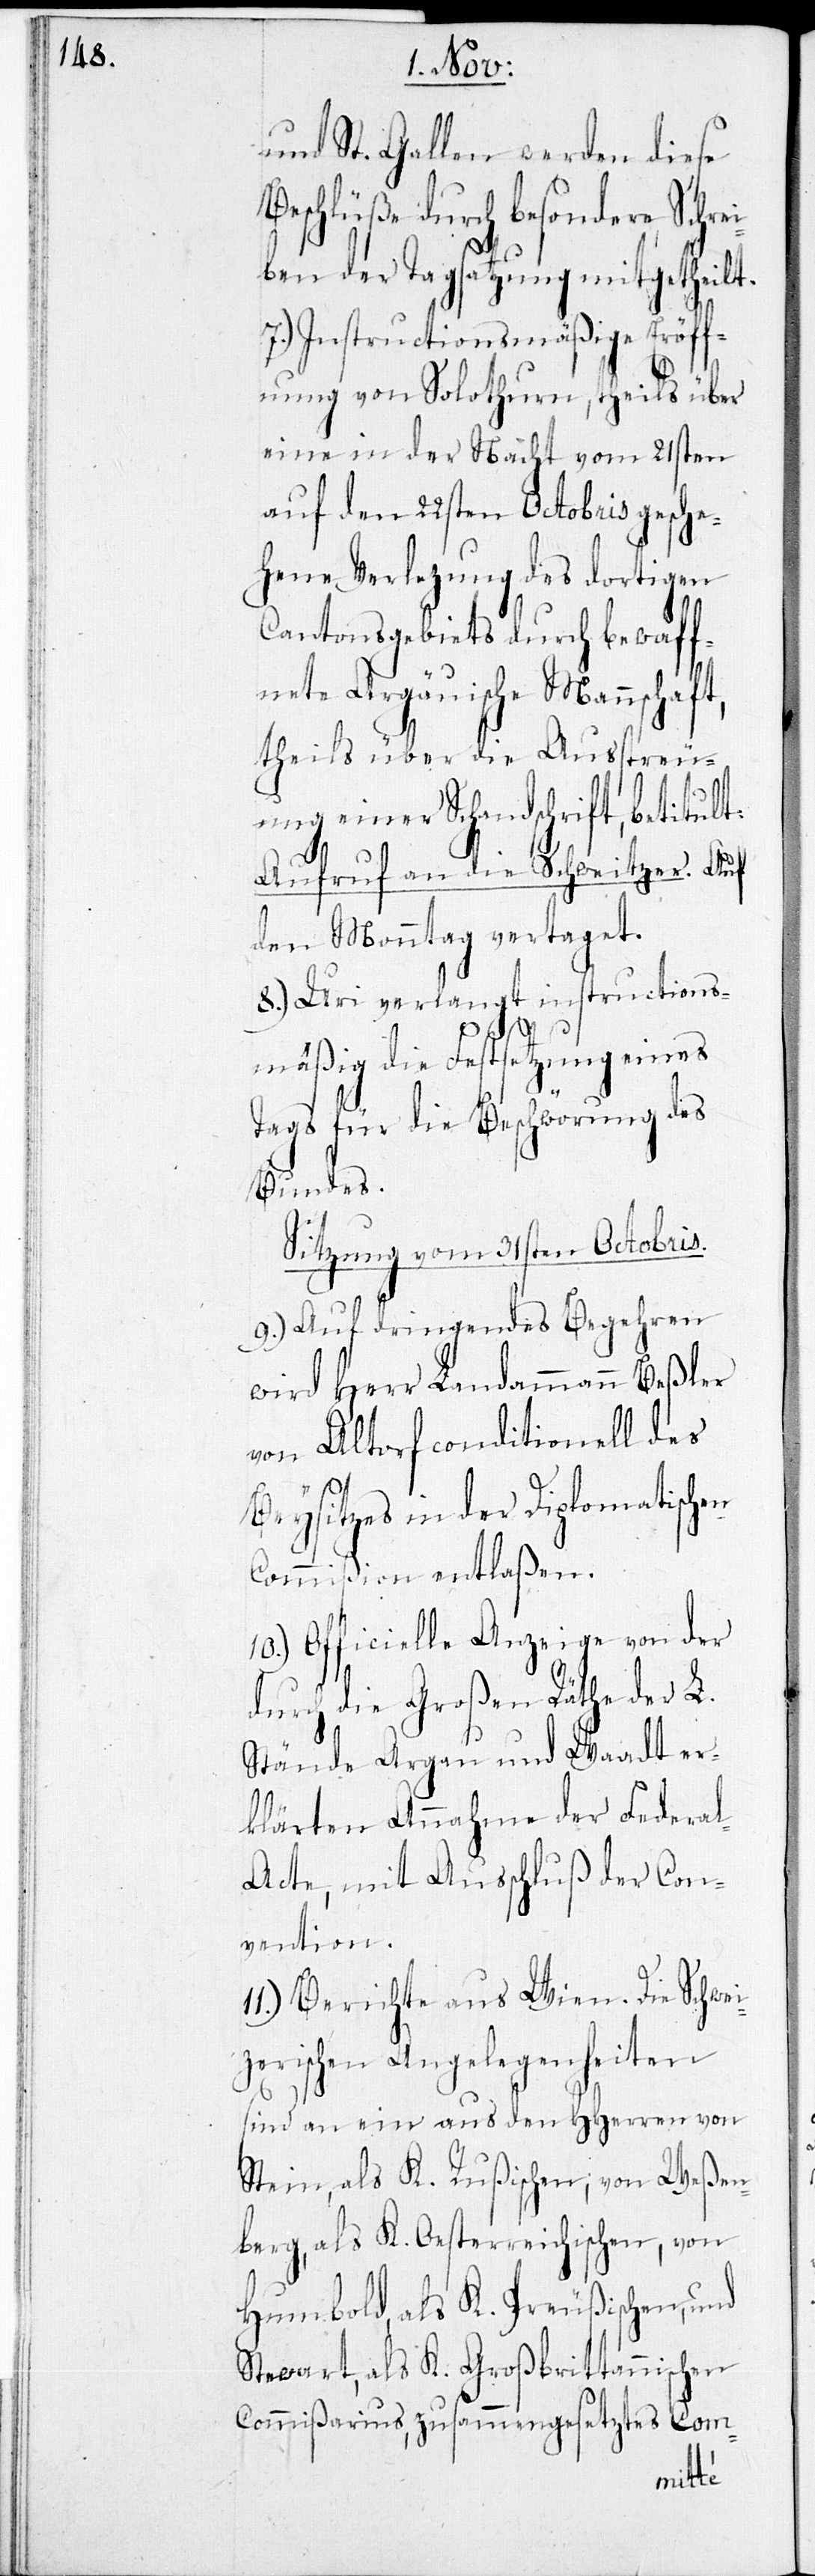
und St. Gallen werden diese
Beschlüße durch besondere Schre¬
iben der Tagsatzung mitgetheilt.
7.) Instructionsmäßige Eröff¬
nung von Solothurn, theils über
eine in der Nacht vom 21sten
auf den 22sten Octobris gesche¬
hene Verlezung des dortigen
Cantonsgebiets durch bewaff¬
nete Aargäuische Mannschaft,
theils über die Ausstreu¬
ung einer Schandschrift, betitult:
Aufruf an die Schweizer. Auf
den Monntag vertaget.
8.) Uri verlangt instructions¬
mäßig die Festsetzung eines
Tags für die Beschwörung des
Bundes.
Sitzung vom 31sten Octobris.
9.) Auf dringendes Begehren
wird Herr Landammann Beßler
von Altorf conditionell des
Beysitzes in der Diplomatischen
Commißion entlaßen.
10.) Officielle Anzeige von der
durch die Großen Räthe der L.
Stände Aargau und Waadt er¬
klärten Annahme der Federa¬
l-Acte, mit Ausschluß der Con¬
vention.
11.) Berichte aus Wien. Die Schwei¬
zerischen Angelegenheiten
sind an ein aus den HHerren von
Stein, als K. Rußischen, von Weßen¬
berg, als K. Oesterreichischen, von
Humbold, als K. Preußischen, und
Stewart, als K. Großbrittannischen
Commißarius, zusammengesetztes Com-